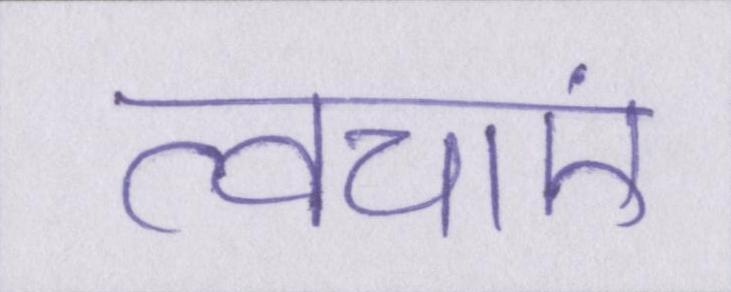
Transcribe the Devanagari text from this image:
त्वचाएं